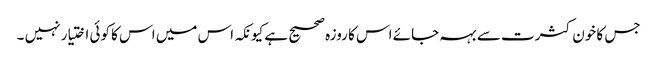
جس کا خون کثرت سے بہہ جائے اس کا روزہ صحیح ہے کیونکہ اس میں اس کا کوئی اختیار نہیں ۔